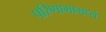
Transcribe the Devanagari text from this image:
परिणामामध्ये